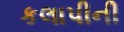
કલાપીની